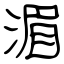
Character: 湄